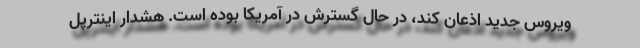
ویروس جدید اذعان کند، در حال گسترش در آمریکا بوده است. هشدار اینترپل